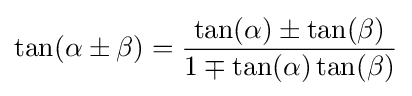
\tan(\alpha \pm \beta )={\frac {\tan(\alpha )\pm \tan(\beta )}{1\mp \tan(\alpha )\tan(\beta )}}